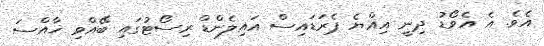
އެވެ. އެ އެވޯޑު ދިނީ އިއްޔެ ޕެރަޑައިސް އައިލެންޑް ރިސޯޓުގައި ބޭއްވި ޚާއްސަ